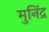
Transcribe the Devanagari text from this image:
मुनिंद्र